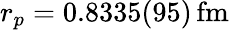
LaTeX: r_{p}=0.8335(95)\, \mathrm{fm}